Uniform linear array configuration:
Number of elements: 24
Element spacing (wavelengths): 1
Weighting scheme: hann
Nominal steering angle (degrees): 0
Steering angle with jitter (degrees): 0.388
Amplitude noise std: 0.05
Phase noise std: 0.05

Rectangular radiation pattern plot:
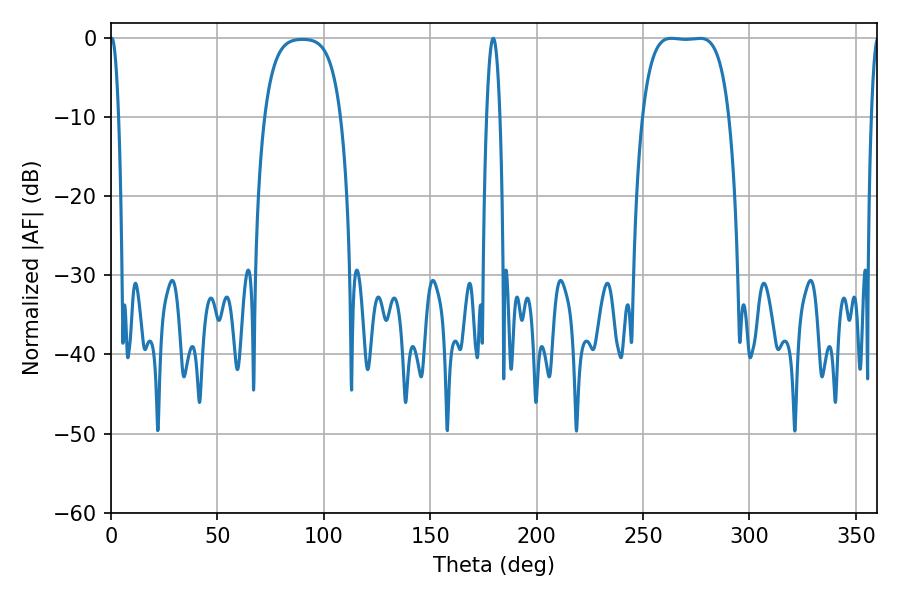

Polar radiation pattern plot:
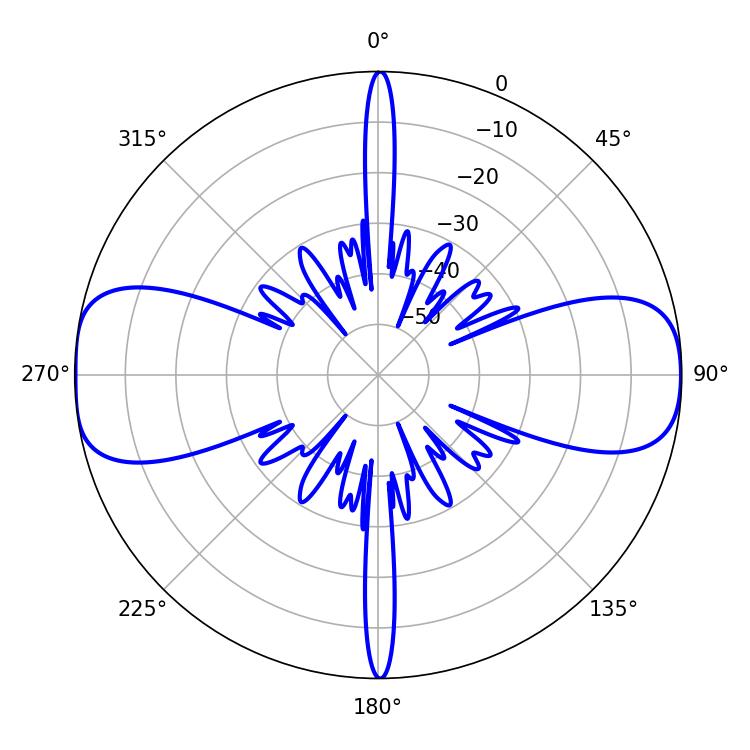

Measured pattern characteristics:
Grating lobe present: TRUE
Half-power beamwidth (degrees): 31.68
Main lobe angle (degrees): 263.34